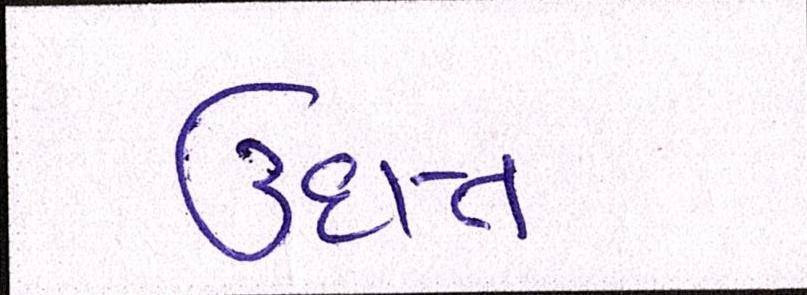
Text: ઉદાત્ત